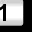
Digit: 1